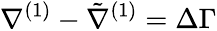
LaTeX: \nabla^{(1)}-\tilde{\nabla}^{(1)}=\Delta\Gamma